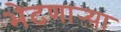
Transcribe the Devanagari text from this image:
भेटणार्‍या